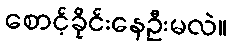
စောင့်ခိုင်းနေဦးမလဲ။